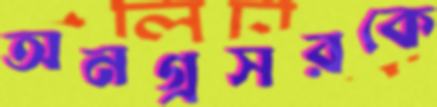
অনগ্রসরকে